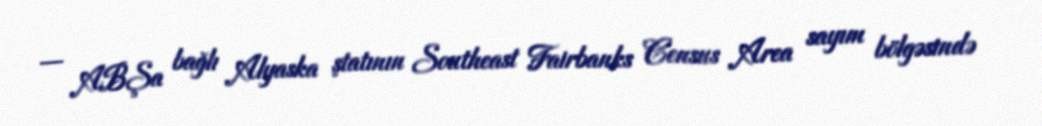
— ABŞa bağlı Alyaska ştatının Southeast Fairbanks Census Area sayım bölgəsində